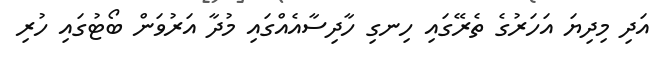
އަދި މިދިޔަ އަހަރުގެ ތެރޭގައި ހިނގި ހާދިސާއެއްގައި މުދާ އަރުވަން ބޯޓުގައި ހުރި